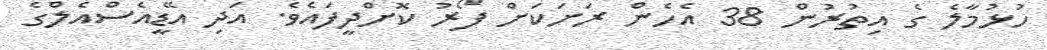
ހުޅުމާލެ ގެ އިތުރުން 38 އެހެން ރަށަކަށް ފޯރު ކޮށްދީފައެވެ. އަދި އޭޑީއެސްއެލްގެ